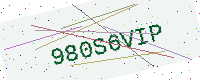
Text: 980S6VIP